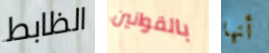
الظابط بالقوانين أنها